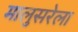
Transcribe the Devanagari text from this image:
मालुसरेला